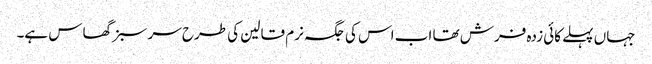
جہاں پہلے کائی زدہ فرش تھا اب اس کی جگہ نرم قالین کی طرح سر سبز گھاس ہے۔